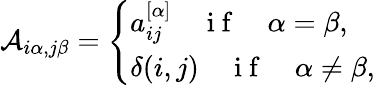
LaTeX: \mathcal{A}_{i\alpha,j\beta}=\left\{ \begin{array}{ll}{a_{ij}^{[\alpha]}\quad\mathrm{~i~f~}\quad\alpha=\beta,}\\ {\delta(i,j)\quad\mathrm{~i~f~}\quad\alpha\neq\beta,}\end{array}\right.